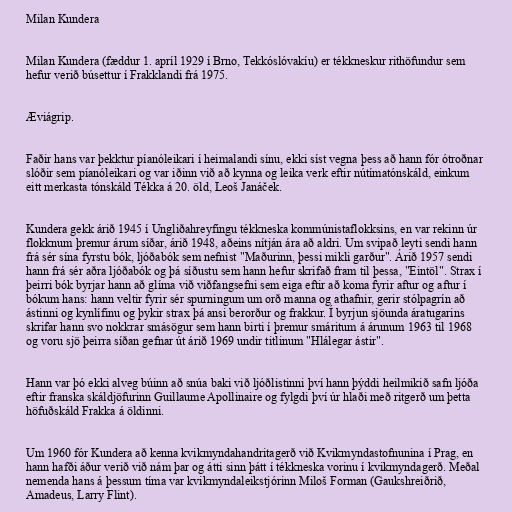
Milan Kundera

Milan Kundera (fæddur 1. apríl 1929 í Brno, Tekkóslóvakíu) er tékkneskur rithöfundur sem
hefur verið búsettur í Frakklandi frá 1975.

Æviágrip.

Faðir hans var þekktur píanóleikari í heimalandi sínu, ekki síst vegna þess að hann fór ótroðnar
slóðir sem píanóleikari og var iðinn við að kynna og leika verk eftir nútímatónskáld, einkum
eitt merkasta tónskáld Tékka á 20. öld, Leoš Janáček.

Kundera gekk árið 1945 í Ungliðahreyfingu tékkneska kommúnistaflokksins, en var rekinn úr
flokknum þremur árum síðar, árið 1948, aðeins nítján ára að aldri. Um svipað leyti sendi hann
frá sér sína fyrstu bók, ljóðabók sem nefnist "Maðurinn, þessi mikli garður". Árið 1957 sendi
hann frá sér aðra ljóðabók og þá síðustu sem hann hefur skrifað fram til þessa, "Eintöl". Strax í
þeirri bók byrjar hann að glíma við viðfangsefni sem eiga eftir að koma fyrir aftur og aftur í
bókum hans: hann veltir fyrir sér spurningum um orð manna og athafnir, gerir stólpagrín að
ástinni og kynlífinu og þykir strax þá ansi berorður og frakkur. Í byrjun sjöunda áratugarins
skrifar hann svo nokkrar smásögur sem hann birti í þremur smáritum á árunum 1963 til 1968
og voru sjö þeirra síðan gefnar út árið 1969 undir titlinum "Hlálegar ástir".

Hann var þó ekki alveg búinn að snúa baki við ljóðlistinni því hann þýddi heilmikið safn ljóða
eftir franska skáldjöfurinn Guillaume Apollinaire og fylgdi því úr hlaði með ritgerð um þetta
höfuðskáld Frakka á öldinni.

Um 1960 fór Kundera að kenna kvikmyndahandritagerð við Kvikmyndastofnunina í Prag, en
hann hafði áður verið við nám þar og átti sinn þátt í tékkneska vorinu í kvikmyndagerð. Meðal
nemenda hans á þessum tíma var kvikmyndaleikstjórinn Miloš Forman (Gaukshreiðrið,
Amadeus, Larry Flint).